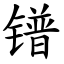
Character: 镨